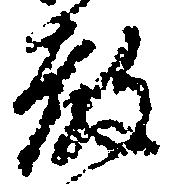
教